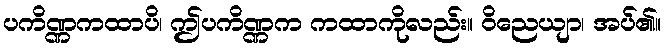
ပကိဏ္ဏကထာပိ၊ ဤပကိဏ္ဏက ကထာကိုလည်း။ ဝိညေယျာ၊ အပ်၏။